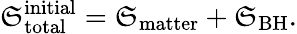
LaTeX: \mathfrak{S}_{\mathrm{{total}}}^{\mathrm{{initial}}}=\mathfrak{S}_{\mathrm{{matter}}}+\mathfrak{S}_{\mathrm{{BH}}}.